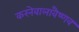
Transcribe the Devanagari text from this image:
करनेवालावैष्णव